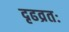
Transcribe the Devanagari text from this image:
दृढव्रतः